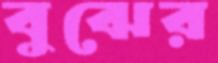
বুঝের